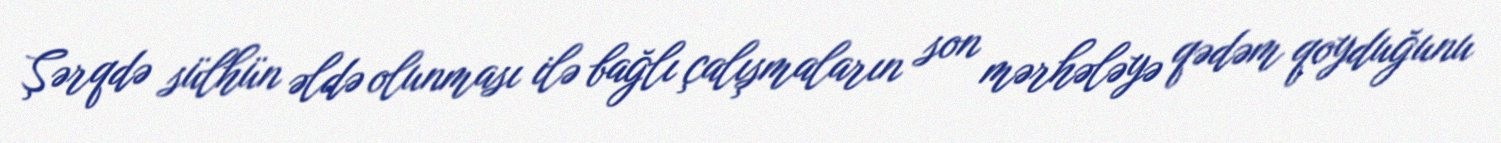
Şərqdə sülhün əldə olunması ilə bağlı çalışmaların son mərhələyə qədəm qoyduğunu